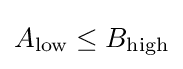
A_{\textrm {low}}\leq B_{\textrm {high}}